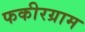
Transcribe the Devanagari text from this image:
फकीरग्राम